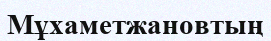
Мұхаметжановтың